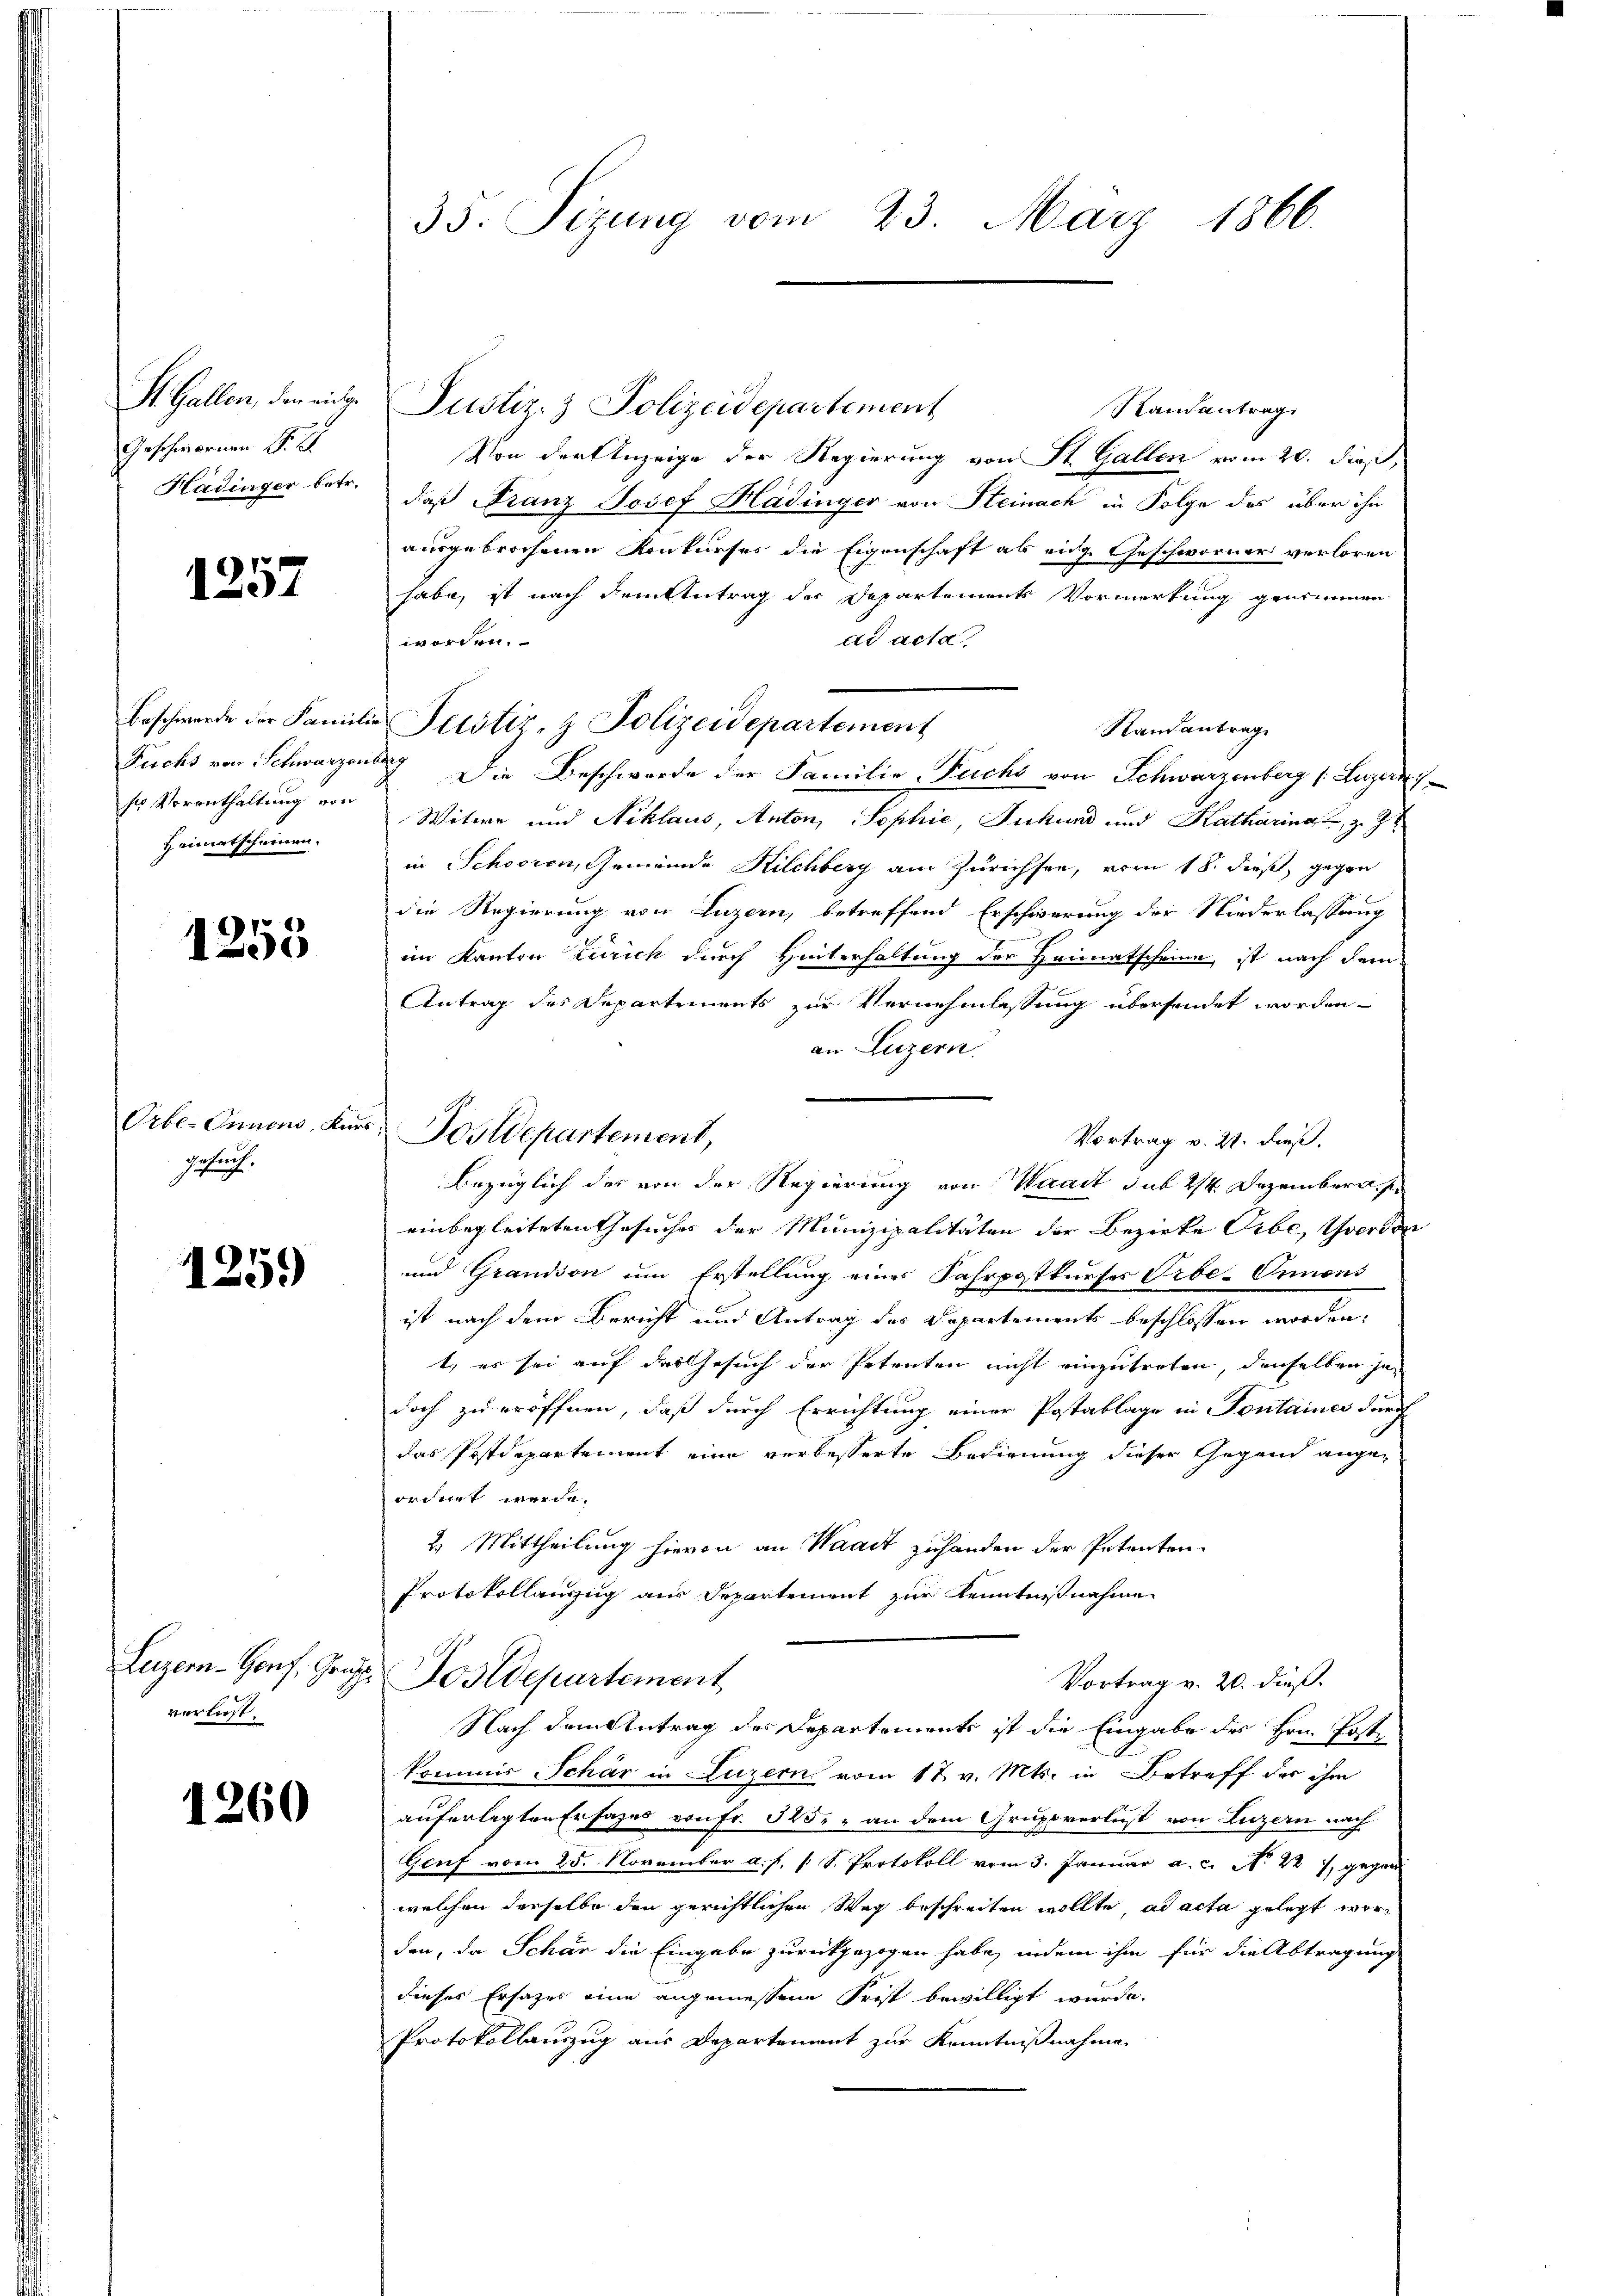
St. Gallen, den eidg.
Geschwornen S. S.
Hadinger betr.

1257

sr Vorenthaltung von
Heimatscheinen.

1255

Orbe- Innens, An
Gesuch.

1259)

Luzern - Gonf, Gru
verliest.

1260

35. Sizung vom 23. März 1866.

Justiz- & Polizeidepartement
Randantrag
Von der Anzeige der Regierung von St. Gallen vom 20. dieß,
daß Franz Josef Hadinger von Steinach in Folge des über ihn
ausgebrochenen Konkurses die Eigenschaft als eidg. Geschworner verloren
habe, ist nach dem Antrag der Departements Vormerkung genommen
ad acta
worden.
Randantrag
Fuchs von Schwarzenberg. Die Beschwerde der Familie Fuchs von Schwarzenberg (Luzerny,
Witwe und Niklaus, Anton, Sophie, Inkund und Katharingt, z. Zt.
in Schooren, Gemeinde Kilchberg am Zürichsen, vom 18. dieß, gegen
die Regierung von Luzern, betreffend Erschwerung der Niederlassung
im Kanton Zürich durch Hinterhaltung der Heimatscheine ist nach dem
Antrag des Departements zur Vernehmlassung übersendet worden
an Luzern.
Bezüglich des von der Regierung von Waadt sub 24 Dezemberg, s
einbegleiteten Gesuches der Munizipalitäten der Bezirke Erbe, Yverden
und Grandson um Erstellung eines Fahrpostkurses Orbe-Ormons
ist nach dem Bericht und Antrag des Departements beschlossen worden,
t., es sei auf das Gesuch der Petenten nicht einzutreten, denselben jedoch zu eröffnen, daß durch Errichtung einer Postablage in Fontaines durch
das Postdepartement eine verbesserte Bedienung dieser Gegend angeordnet werde.
2. Mittheilung hievon an Waadt zuhanden der Petenten-
Protokollauszug aus Departement zur Kenntnißnahme
Postdepartement
Vortrag v. 20. dieß.
Nach dem Antrag des Departements ist die Eingabe des Hrn. Poste
kommis Schär in Luzern vom 17. v. Mts. in Betreff des ihm
auferlegten Erfazes von Fr. 525; - an dem Gruppverlust von Luzern nach
Genf vom 25. November a. f. 1 S. Protokoll vom 3. Januar a.c. No 22. gegen
welchen derselbe den gerichtlichen Weg beschreiten wollte, ad acta gelegt worden, da Schär die Eingabe zurückgezogen habe, indem ihm für die Abtragung
dieses Ersatzes eine angemessene Frist bewilligt wurde.
Protokollauszug aus Departement zur Kenntnißnahme

Beschwerde der Familie Petstiz- & Polizeidepartement

Posdepartement,

Vortrag v. 21. dieß.

a